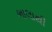
ભાલાથી